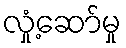
လှုံ့ဆော်မှု